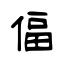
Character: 偪